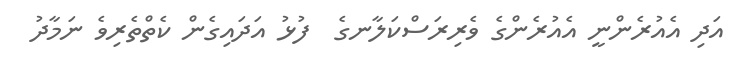
އަދި އެއުރެންނީ އެއުރެންގެ ވެރިރަސްކަލާނގެ  ފުޅު އަދައިގެން ކެތްތެރިވެ ނަމާދު